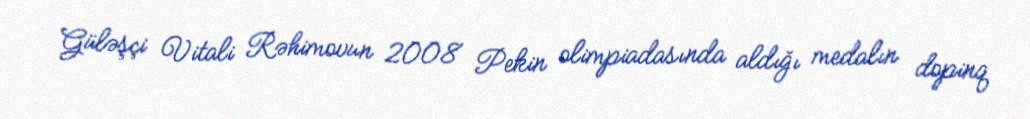
Güləşçi Vitali Rəhimovun 2008 Pekin olimpiadasında aldığı medalın dopinq